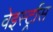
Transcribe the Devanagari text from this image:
वेइर्स्ट्रास